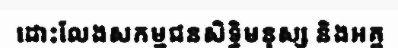
ដោះលែងសកម្មជនសិទ្ធិមនុស្ស និងអគ្គ